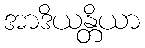
အာဒိယန္တိယာ